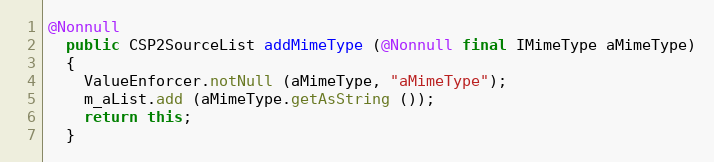
Language: Java
@Nonnull
  public CSP2SourceList addMimeType (@Nonnull final IMimeType aMimeType)
  {
    ValueEnforcer.notNull (aMimeType, "aMimeType");
    m_aList.add (aMimeType.getAsString ());
    return this;
  }